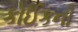
કોઈકનો